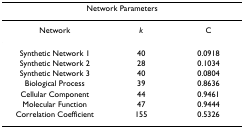
| <COLSPAN=3> Network Parameters |
 | --- | --- | --- |
 | Network | k | C |
 | Synthetic Network 1 | 40 | 0.0918 |
 | Synthetic Network 2 | 28 | 0.1034 |
 | Synthetic Network 3 | 40 | 0.0804 |
 | Biological Process | 39 | 0.8636 |
 | Cellular Component | 44 | 0.9461 |
 | Molecular Function | 47 | 0.9444 |
 | Correlation Coefficient | 155 | 0.5326 |